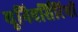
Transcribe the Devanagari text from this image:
यूनिवर्सिटियों